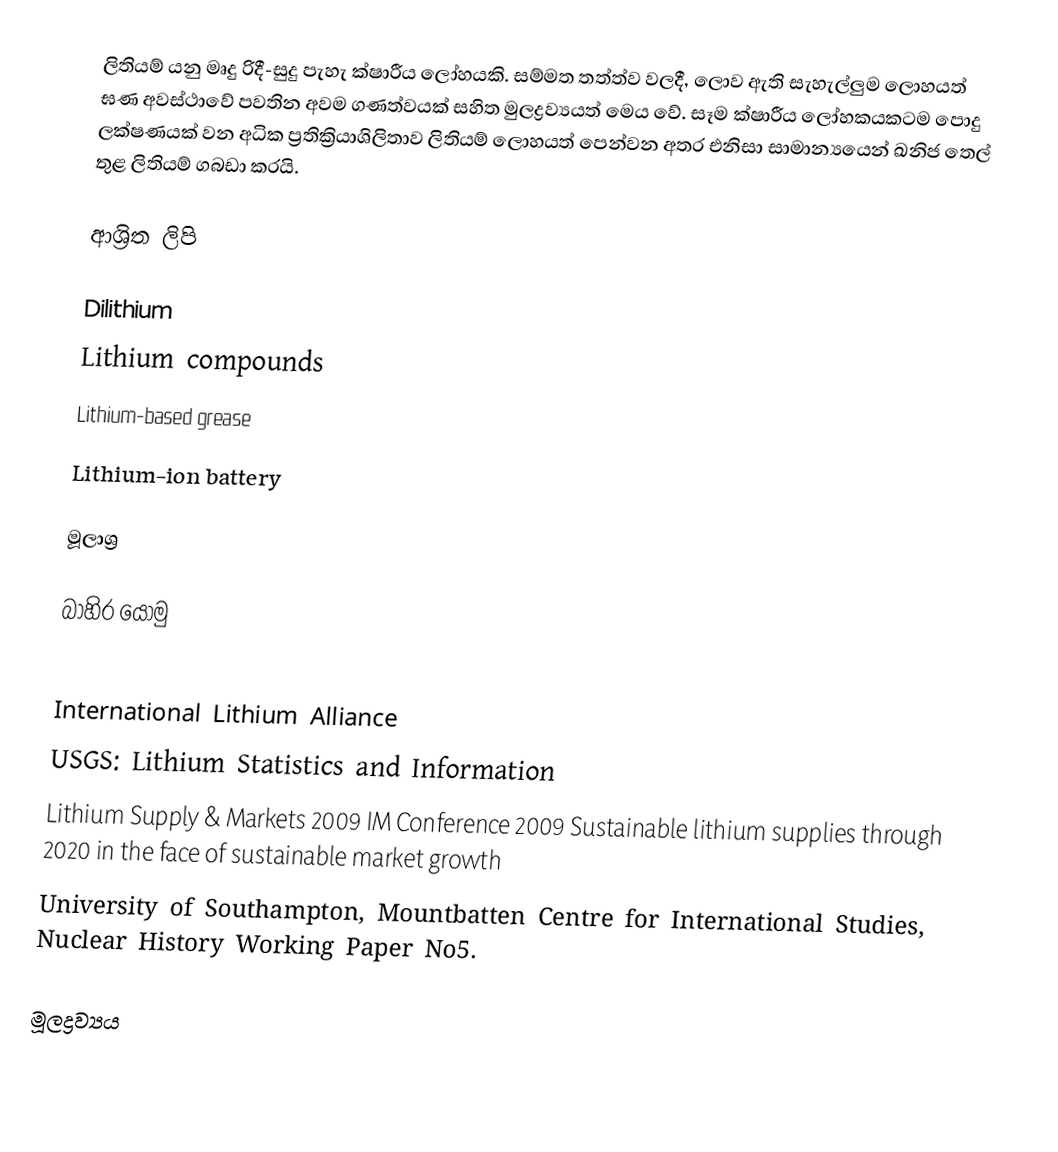
ලිතියම් යනු මෘදු රිදී-සුදු පැහැ ක්ෂාරීය ලෝහයකි. සම්මත තත්ත්ව වලදී,  ලොව ඇති සැහැල්ලුම ලොහයත් ඝණ අවස්ථාවේ පවතින අවම ගණත්වයක් සහිත මුලද්‍රව්‍යයත් මෙය වේ. සෑම ක්ෂාරීය ලෝහකයකටම පොදු ලක්ෂණයක් වන අධික ප්‍රතික්‍රියාශිලිතාව ලිතියම් ලොහයත් පෙන්වන අතර එනිසා සාමාන්‍යයෙන් ඛනිජ තෙල් තුළ ලිතියම් ගබඩා කරයි.

ආශ්‍රිත ලිපි

 Dilithium
 Lithium compounds
 Lithium-based grease
 Lithium-ion battery

මූලාශ්‍ර

බාහිර යොමු

 International Lithium Alliance
 USGS: Lithium Statistics and Information
 Lithium Supply & Markets 2009 IM Conference 2009 Sustainable lithium supplies through 2020 in the face of sustainable market growth
 University of Southampton, Mountbatten Centre for International Studies, Nuclear History Working Paper No5.

මූලද්‍රව්‍යය